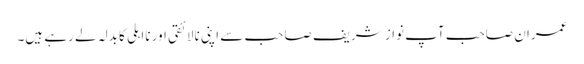
عمران صاحب آپ نواز شریف صاحب سے اپنی نالائقی اور نااہلی کا بدلہ لے رہے ہیں۔